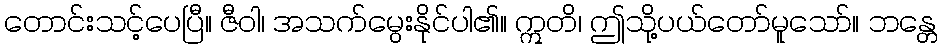
တောင်းသင့်ပေပြီ။ ဇီဝါ၊ အသက်မွေးနိုင်ပါ၏။ ဣတိ၊ ဤသို့ပယ်တော်မူသော်။ ဘန္တေ